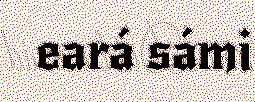
eará sámi